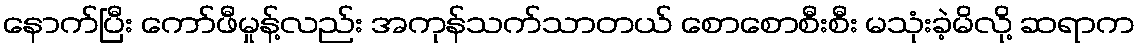
နောက်ပြီး ကော်ဖီမှုန့်လည်း အကုန်သက်သာတယ် စောစောစီးစီး မသုံးခဲ့မိလို့ ဆရာက